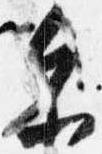
参